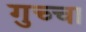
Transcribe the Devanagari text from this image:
गुच्चा